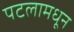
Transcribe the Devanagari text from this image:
पटलामधून